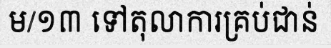
ម/១៣ ទៅតុលាការគ្រប់ជាន់